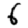
Digit: 6